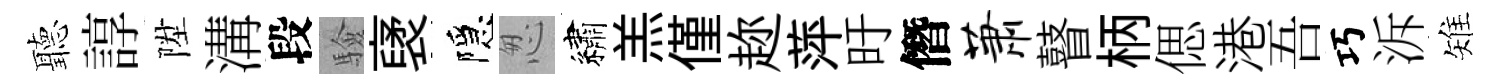
聽諄陞溝段驗裦隱怱繡羔僅趂萍旴僭萧瞽柄偲港吾巧泝雉